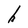
Character: h